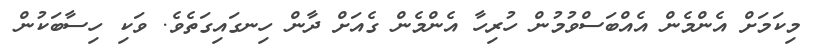
މިކަމަށް އެންމެން އެއްބަސްވުމުން ހުރިހާ އެންމެން ގެއަށް ދާން ހިނގައިގަތެވެ. ވަކި ހިސާބަކުން